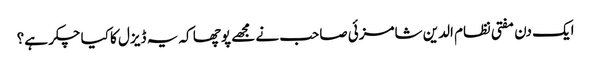
ایک دن مفتی نظام الدین شامزئی صاحب نے مجھے پوچھا کہ یہ ڈیزل کا کیا چکر ہے؟